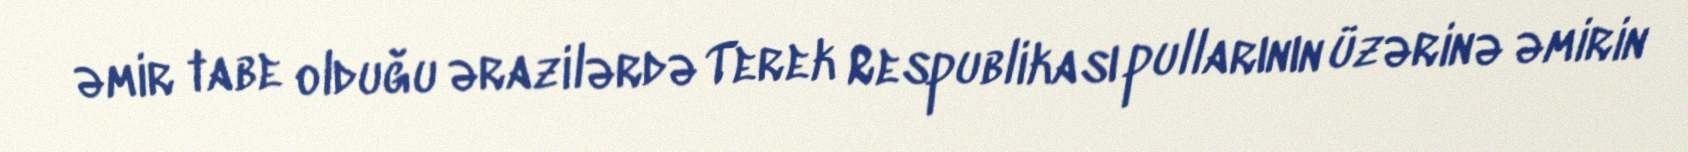
əmir tabe olduğu ərazilərdə Terek Respublikası pullarının üzərinə əmirin